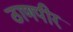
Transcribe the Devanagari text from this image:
ठाणपीर